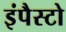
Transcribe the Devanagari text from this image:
इंपैस्टो